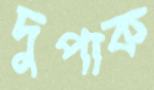
দুপাক